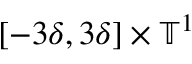
[ - 3 \delta , 3 \delta ] \times \ensuremath { \mathbb { T } } ^ { 1 }